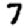
Digit: 7